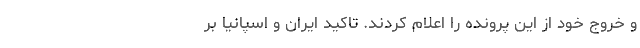
و خروج خود از این پرونده را اعلام کردند. تاکید ایران و اسپانیا بر